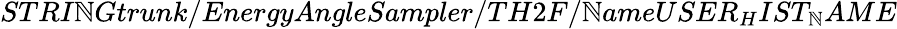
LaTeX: STRI\mathbb{N}Gtrunk/EnergyAngleSampler/TH2F/\mathbb{N}ameUSER_{H}IST_{\mathbb{N}}AME